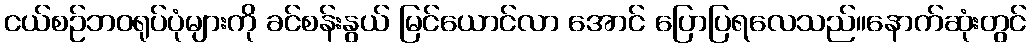
ငယ်စဉ်ဘဝရုပ်ပုံများကို ခင်စန်းနွယ် မြင်ယောင်လာ အောင် ပြောပြရလေသည်။နောက်ဆုံးတွင်